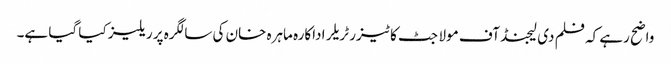
واضح رہے کہ فلم دی لیجنڈ آف مولا جٹ کا ٹیزر ٹریلر اداکارہ ماہرہ خان کی سالگرہ پر ریلیز کیا گیا ہے۔